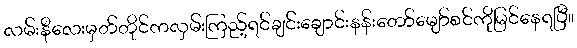
လမ်းနီလေးမှတ်တိုင်ကလှမ်းကြည့်ရင်ချင်းချောင်းနန်းတော်မျော်စင်ကိုမြင်နေရပြီ။